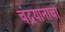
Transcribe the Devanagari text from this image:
चंद्रयानाचा